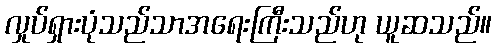
လှုပ်ရှားပုံသည်သာအရေးကြီးသည်ဟု ယူဆသည်။